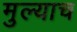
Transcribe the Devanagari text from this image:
मुल्याच